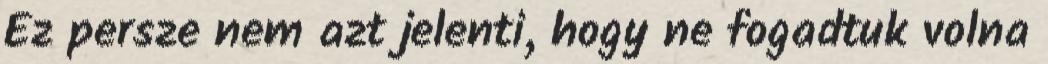
Ez persze nem azt jelenti, hogy ne fogadtuk volna